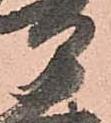
部